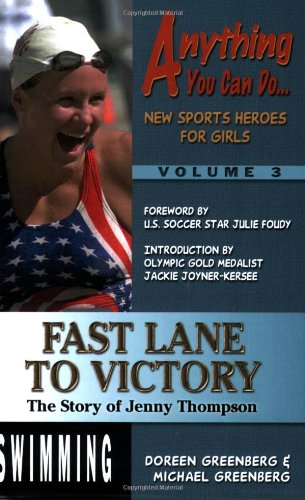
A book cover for Fast Lane to Victory: The Story of Jenny Thompson (Anything You Can Do... New Sports Heroes for Girls); Doreen Greenberg; Sports & Outdoors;